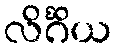
လိင်္ဂိယ